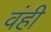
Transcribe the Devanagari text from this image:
वंही